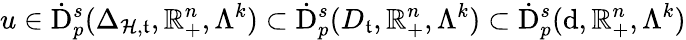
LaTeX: u\in\dot{\mathrm{D}}_{p}^{s}(\Delta_{\mathcal{H},\mathfrak{t}},\mathbb{R}_{+}^{n},\Lambda^{k})\subset\dot{\mathrm{D}}_{p}^{s}(D_{\mathfrak{t}},\mathbb{R}_{+}^{n},\Lambda^{k})\subset\dot{\mathrm{D}}_{p}^{s}(\mathrm{d},\mathbb{R}_{+}^{n},\Lambda^{k})